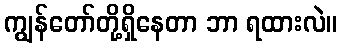
ကျွန်တော်တို့ရှိနေတာ ဘာ ရထားလဲ။